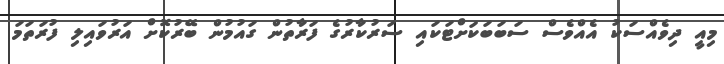
މިއީ ދިވެއްސަކު އެއްވެސް ސަބަބަކަށްޓަކައި ސަރުކާރުގެ ފަރާތުން ގައުމުން ބޭރުކޮށް އަރުވައިލި ފުރަތަމަ